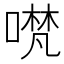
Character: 𭊃